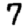
Digit: 7